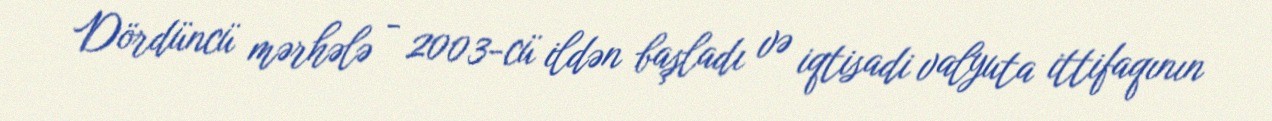
Dördüncü mərhələ - 2003-cü ildən başladı və iqtisadi valyuta ittifaqının